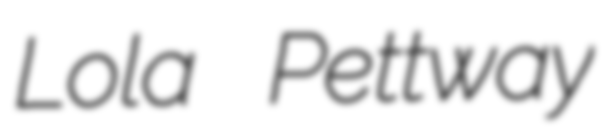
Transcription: Lola Pettway